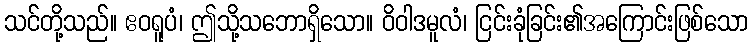
သင်တို့သည်။ ဧဝရူပံ၊ ဤသို့သဘောရှိသော။ ဝိဝါဒမူလံ၊ ငြင်းခုံခြင်း၏အကြောင်းဖြစ်သော